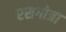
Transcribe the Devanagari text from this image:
रसगोत्रा